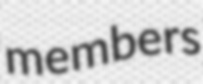
members